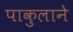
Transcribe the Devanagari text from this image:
पाकुलाने